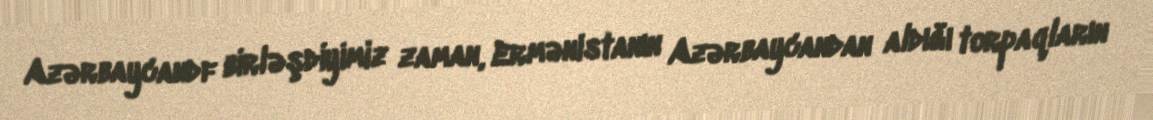
Azərbaycandf birləşdiyimiz zaman, Ermənistanın Azərbaycandan aldığı torpaqların